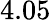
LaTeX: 4.05